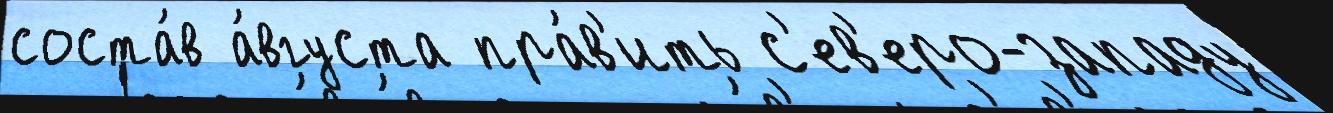
соста́в а́вгуста пра́в'ить с'ев'еро-западу